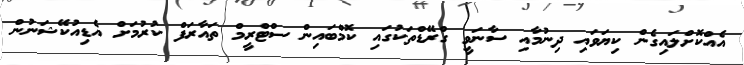
އެއްކޮށްލައިގެން ކިޔަވައި ދިނުމާއި ސާނަވީ ގްރޭޑްތަކުގައި ކޮމްބައިން ސްޓްރީމް ތައާރަފް ކުރުމަށް އެޑިއުކޭޝަނުން